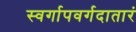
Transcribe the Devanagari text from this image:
स्वर्गापवर्गदातारं